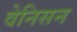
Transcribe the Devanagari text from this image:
वेनिसन